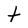
Character: t